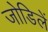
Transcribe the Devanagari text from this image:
जोडिलें